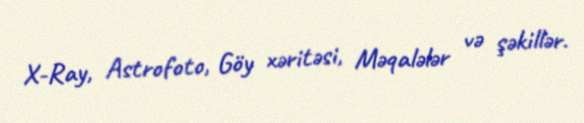
X-Ray, Astrofoto, Göy xəritəsi, Məqalələr və şəkillər.